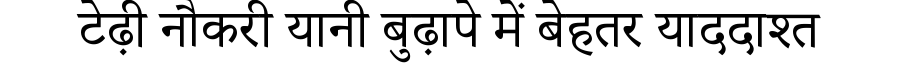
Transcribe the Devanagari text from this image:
टेढ़ी नौकरी यानी बुढ़ापे में बेहतर याददाश्त